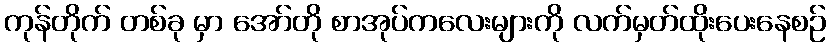
ကုန်တိုက် တစ်ခု မှာ အော်တို စာအုပ်ကလေးများကို လက်မှတ်ထိုးပေးနေစဉ်